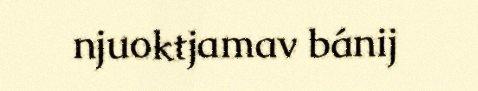
njuoktjamav bánij